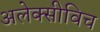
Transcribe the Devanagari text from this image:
अलेक्सीविच